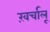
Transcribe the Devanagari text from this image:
ख़र्चालू